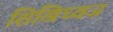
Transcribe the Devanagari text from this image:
शिखिध्वज